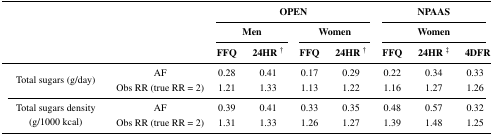
<table><thead><tr><td rowspan="3" colspan="2"></td><td colspan="4"><b>OPEN</b></td><td colspan="3"><b>NPAAS</b></td></tr><tr><td colspan="2"><b>Men</b></td><td colspan="2"><b>Women</b></td><td colspan="3"><b>Women</b></td></tr><tr><td><b>FFQ</b></td><td><b>24HR <sup>†</sup></b></td><td><b>FFQ</b></td><td><b>24HR <sup>†</sup></b></td><td><b>FFQ</b></td><td><b>24HR <sup>‡</sup></b></td><td><b>4DFR</b></td></tr></thead><tbody><tr><td rowspan="2">Total sugars (g/day)</td><td>AF</td><td>0.28</td><td>0.41</td><td>0.17</td><td>0.29</td><td>0.22</td><td>0.34</td><td>0.33</td></tr><tr><td>Obs RR (true RR = 2)</td><td>1.21</td><td>1.33</td><td>1.13</td><td>1.22</td><td>1.16</td><td>1.27</td><td>1.26</td></tr><tr><td rowspan="2">Total sugars density (g/1000 kcal)</td><td>AF</td><td>0.39</td><td>0.41</td><td>0.33</td><td>0.35</td><td>0.48</td><td>0.57</td><td>0.32</td></tr><tr><td>Obs RR (true RR = 2)</td><td>1.31</td><td>1.33</td><td>1.26</td><td>1.27</td><td>1.39</td><td>1.48</td><td>1.25</td></tr></tbody></table>